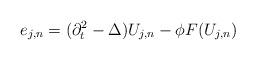
LaTeX: \begin{align*} e_{j,n} = (\partial_t^2 - \Delta) U_{j,n} - \phi F(U_{j,n})\end{align*}